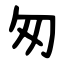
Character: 匆